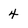
Character: 4